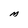
Character: M